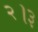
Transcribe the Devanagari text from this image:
२।३